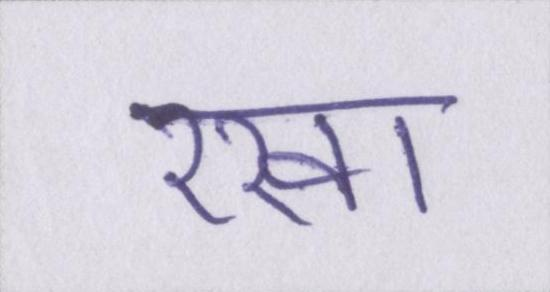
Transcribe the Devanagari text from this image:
रखा